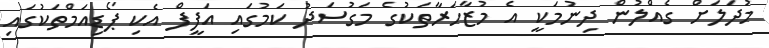
މުދަލަށް ގެއްލުން ދިނުމަކީ އެ މުޒާހަރާތަކުގެ މަގުސަދު ކަމުގައި އަފީފް އެކި ޕޯޑިއަމްތަކުގައި